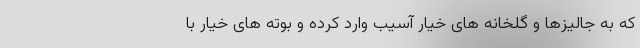
که به جالیزها و گلخانه های خیار آسیب وارد کرده و بوته های خیار با